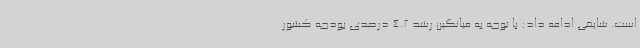
است. شایقی ادامه داد: با توجه به میانگین رشد 4.2 درصدی بودجه کشور